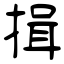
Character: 揖